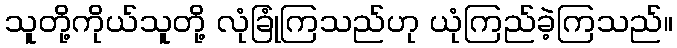
သူတို့ကိုယ်သူတို့ လုံခြုံကြသည်ဟု ယုံကြည်ခဲ့ကြသည်။